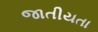
જાતીયતા